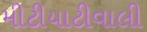
મીટીયાટીવાલી